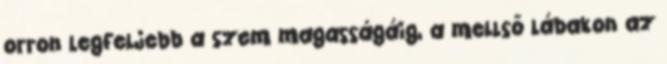
orron legfeljebb a szem magasságáig, a mellső lábakon az